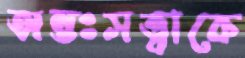
অন্তঃসত্ত্বাকে